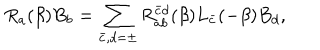
LaTeX: R _ { a } ( \beta ) B _ { b } = \sum _ { \bar { c } , d = \pm } R _ { a b } ^ { \bar { c } d } ( \beta ) L _ { \bar { c } } ( - \beta ) B _ { d } ,